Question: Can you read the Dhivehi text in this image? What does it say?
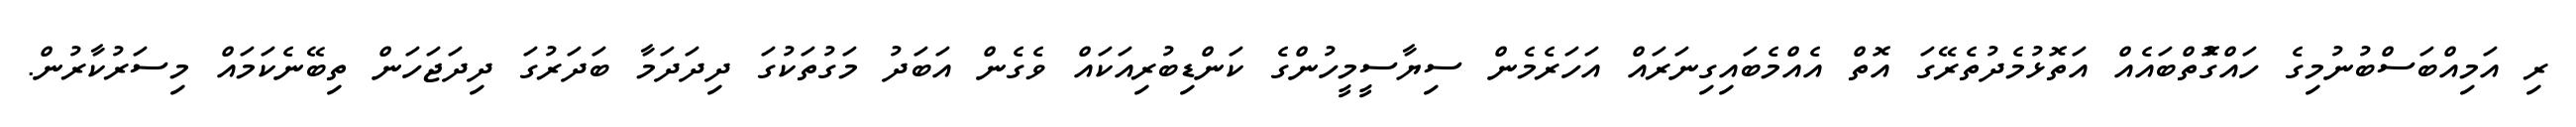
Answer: ރި އަމިއްބަސްބުނުމިގެ ހައްގުޮތްބައެއް އަތޮޅުމެދުތެރޭގަ އޮތް އެއްމެބައިގިނަރައް އަހަރެމެން ސިޔާސީމީހުންގެ ކަންޑިބުރިއަކައް ވެގެން އަބަދު މަގުތަކުގަ ދިދަދަމާ ބަދަރުގަ ދިދަޖަހަން ތިބޭނެކަމައް މިސަރުކާރުން.